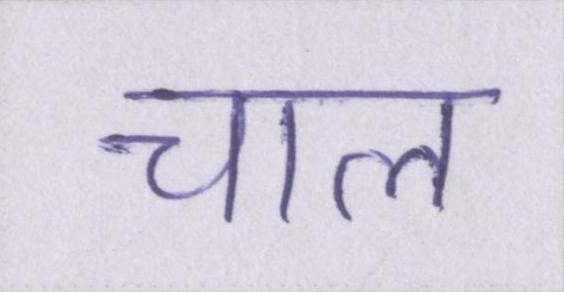
चाल